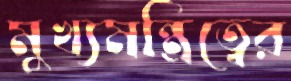
মুখ্যমন্ত্রিত্বের